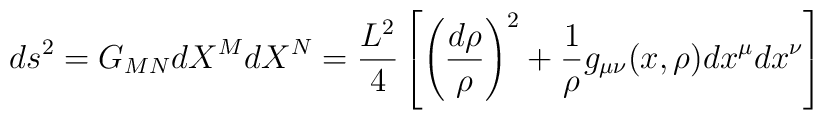
ds^2 = G_{MN}dX^M dX^N = \frac{L^2}{4} \left[\left(\frac{d\rho}{\rho}\right)^2 +  \frac{1}{\rho} g_{\mu\nu}(x,\rho)dx^{\mu}dx^{\nu} \right]